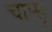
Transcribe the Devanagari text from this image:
चाप्सू